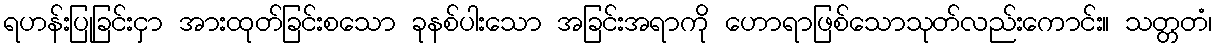
ရဟန်းပြုခြင်းငှာ အားထုတ်ခြင်းစသော ခုနစ်ပါးသော အခြင်းအရာကို ဟောရာဖြစ်သောသုတ်လည်းကောင်း။ သတ္တတံ၊